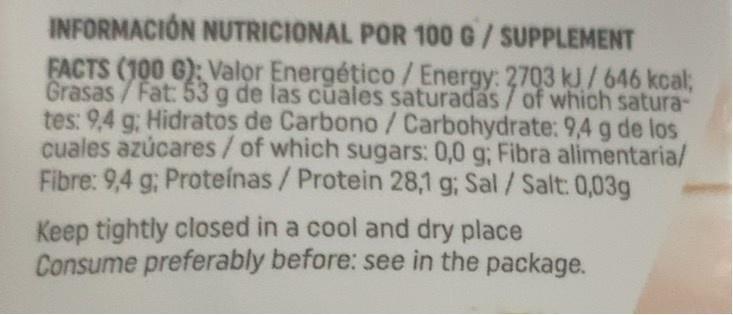
INFORMACIÓN NUTRICIONAL POR 100 G/SUPPLEMENT FACTS (100 G): Valor Energético / Energy: 2703 kJ/646 kcal; Grasas /Fat: 53 g de las cuales saturadas/of which satura- tes: 9,4 g; Hidratos de Carbono/Carbohydrate: 9,4 g de los cuales azúcares/of which sugars: 0,0 g; Fibra alimentaria/ Fibre: 9,4 g; Proteínas / Protein 28,1 g; Sal/Salt: 0,03g
Keep tightly closed in a cool and dry place Consume preferably before: see in the package.